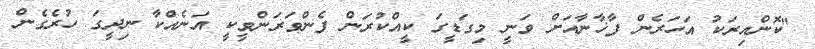
"ކޮންއިރަކު އަހަރެން ފާޚާނާއަށް ވަނީ މިގަޑީގަ ކީއްކުރަން ފެންވަރަންވީކީ އަނެއްކާ ނިދީގަ ހުރެގެން